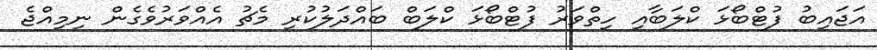
އަޖައިބު ފުޓްބޯޅަ ކްލަބާއި ހިތްވަރު ފުޓްބޯޅަ ކްލަބް ބައްދަލުކުރި މެޗު އެއްވަރުވެގެން ނިމިއްޖެ